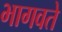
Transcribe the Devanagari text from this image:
भागवते